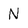
Character: N